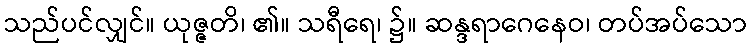
သည်ပင်လျှင်။ ယုဇ္ဇတိ၊ ၏။ သရီရေ၊ ၌။ ဆန္ဒရာဂေနေဝ၊ တပ်အပ်သော